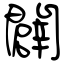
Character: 闢